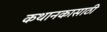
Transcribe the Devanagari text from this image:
कथानकासाठी